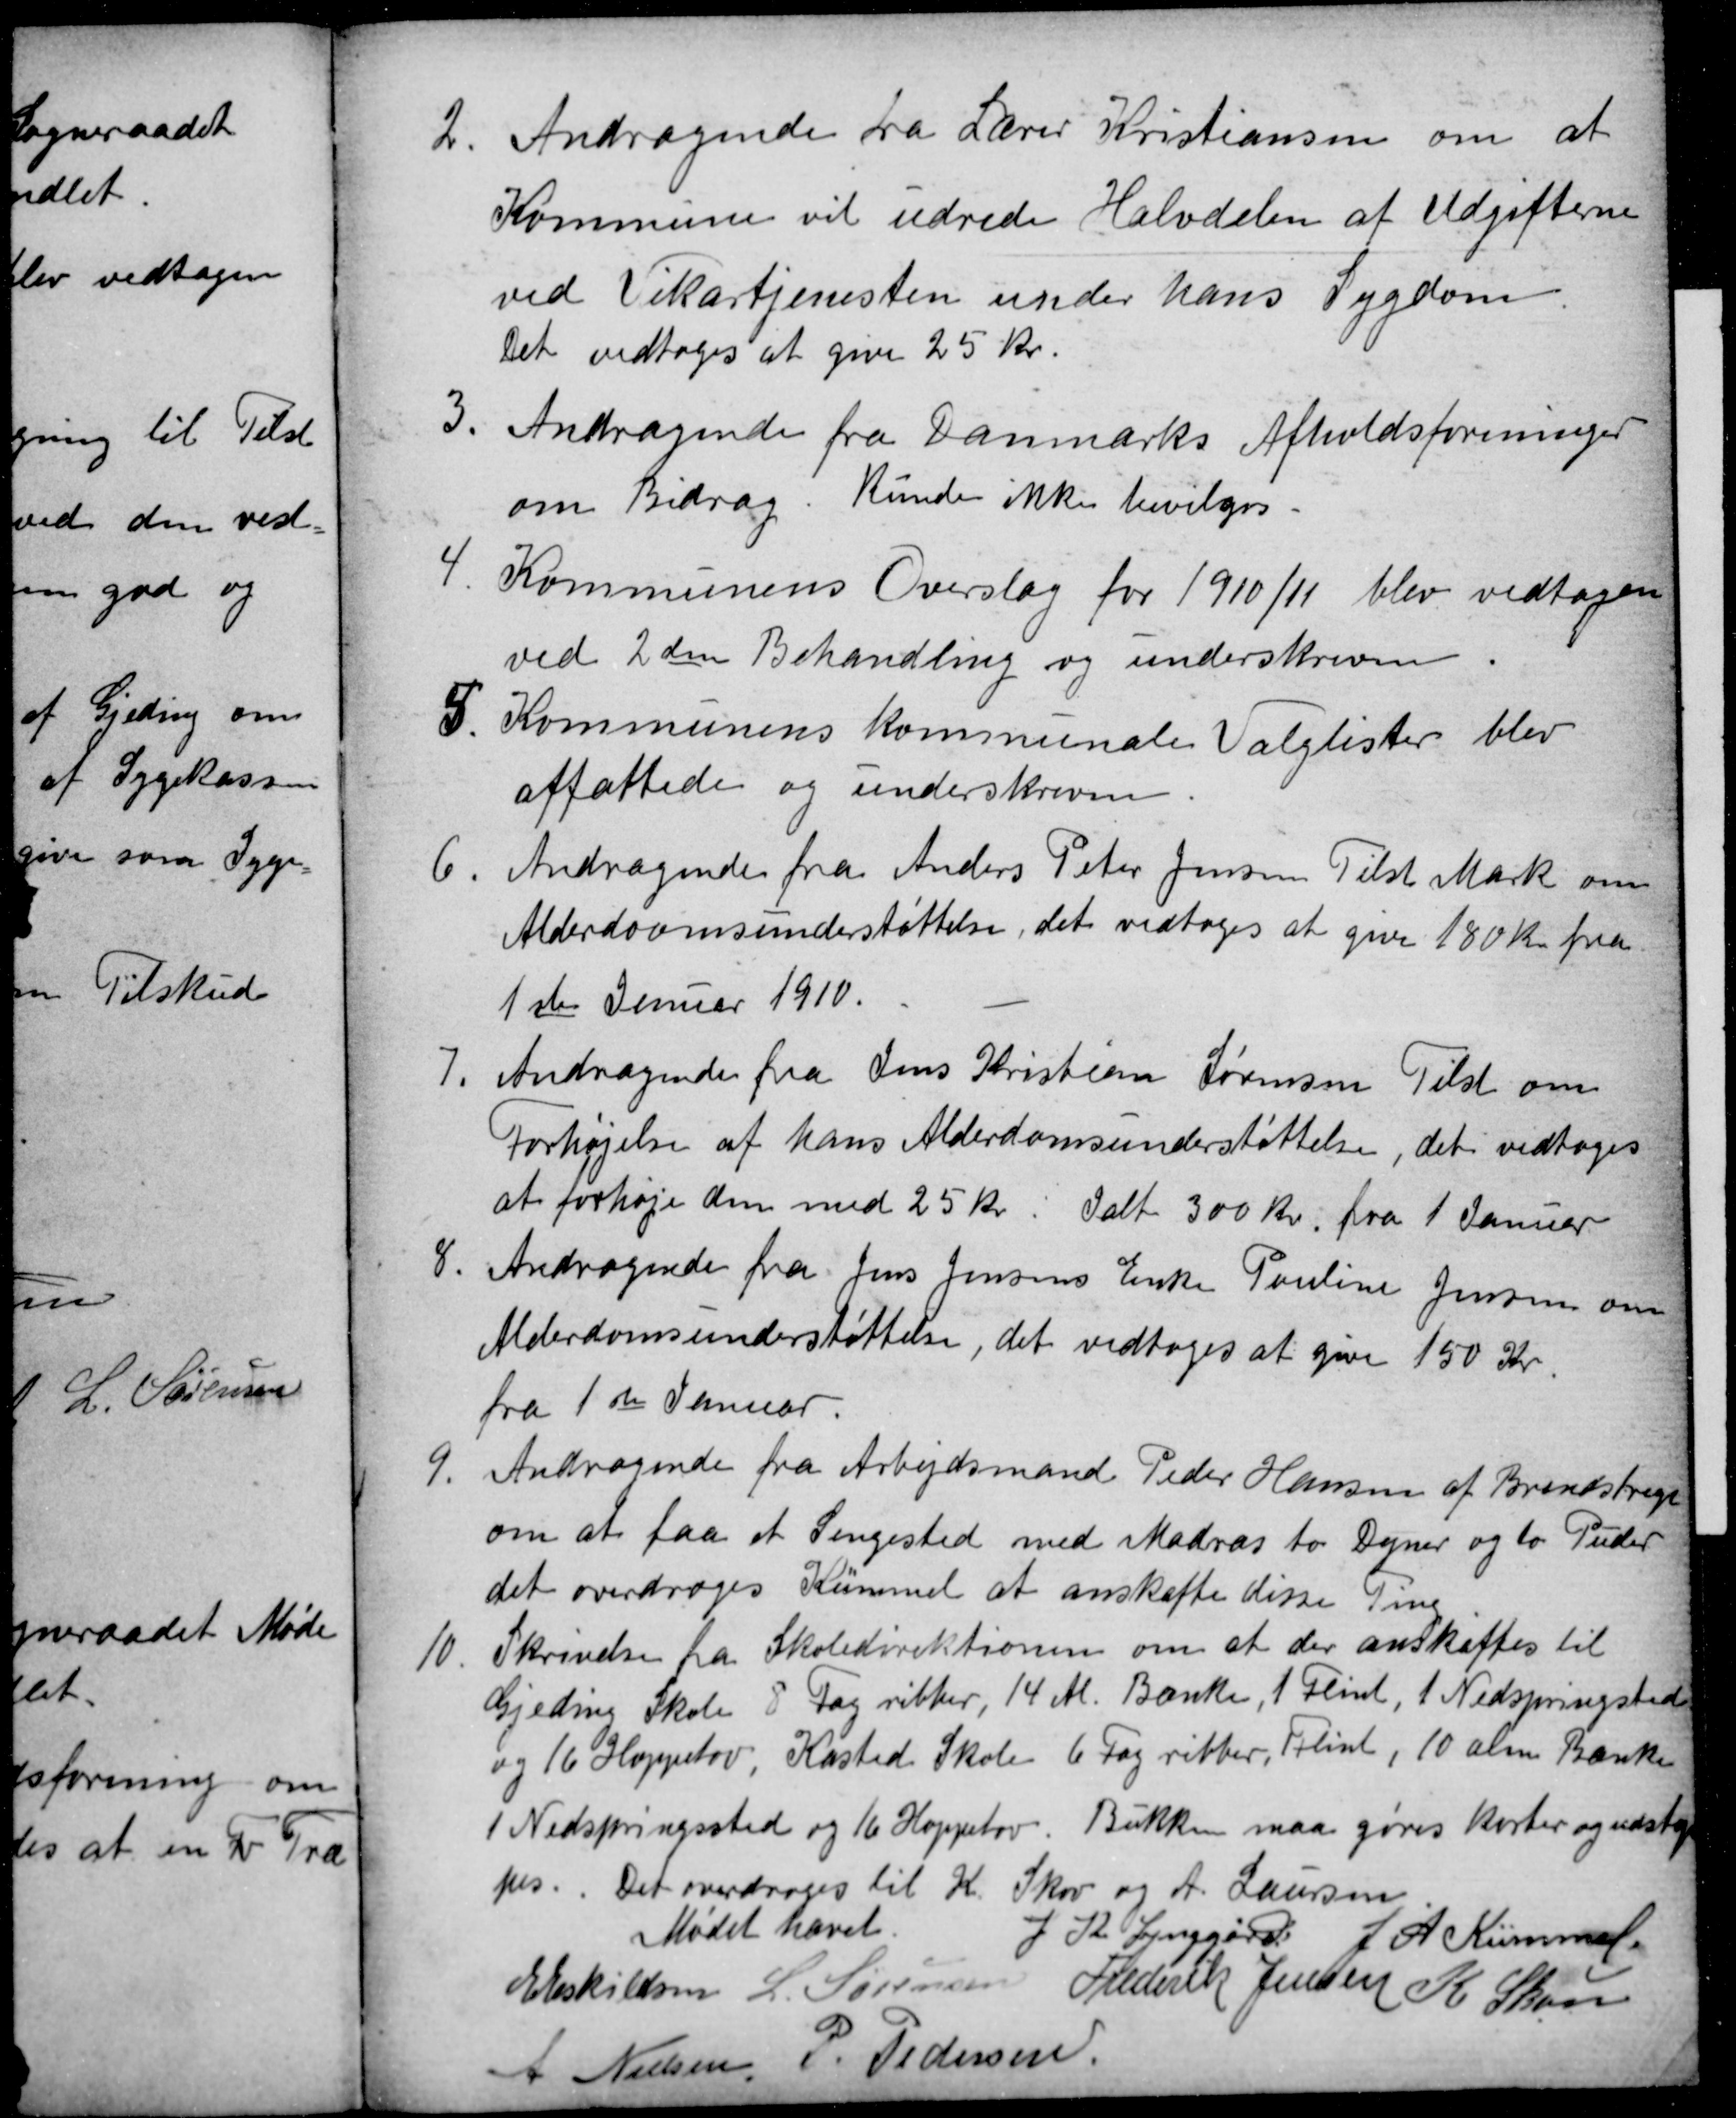
Transskription:
2
Andragende fra Lærer Kristiansen om at
Kommune vil udrede Halvdelen af Udgifterne
ved Vikartjenesten under hans Sygdom.
Det vedtoges at give 25 Kr.
3
Andragende fra Danmarks Afholdsforeninger
om Bidrag. Kunde ikke bevilges.
4
Kommunens Overslag for 1910/11 blev vedtagen
ved 2den Behandling og underskreven
5
Kommunens kommunale Valglister blev
affattede og underskrevne
6
Andragende fra Anders Peter Jensen Tilst Mark om
Alderdomsunderstøttelse, det vedtoges at give 180 Kr. fra
1ste Januar 1910.
7
Andragende fra Jens Kristian Sørensen Tilst om
Forhøjelse af hans Alderdomsunderstøttelse, det vedtoges
at forhøje den med 25 kr. Ialt 300 Kr. fra 1 Januar
8.
Andragende fra Jens Jensens Enke Pouline Jensen om
Alderdomsunderstøttelse, det vedtoges at give 150 Kr.
fra 1ste Januar.
9.
Andragende fra Arbejdsmand Peder Hansen af Brendstrup
om at faa et Sengested med Madras to Dyner og to Puder
det overdroges Kümmel at anskaffe disse Ting
10.
Skrivelse fra Skoledirektionen om at der anskaffes til 
Gjeding Skole 8 Fag ribber, 14 Alm. Bænke, 1 Plint, 1 Nedspringsted
og 16 Hoppetov, Kasted Skole 6 Fag ribber, Plint, 10 alm.  Bænke
1 Nedspringssted og 16 Hoppetov. Bukken maa gøres korter og udstop
pes. Det overdroges til K. Skov og A. Laursen
Mødet hævet
J K. Lynggård J. A. Kümmel
E Eskildsen L. Sørensen Frederik Jensen K Skou
A Nielsen
P. Pedersen